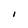
Character: I